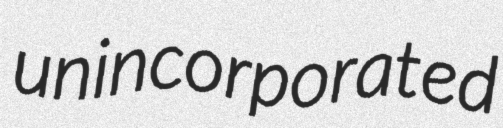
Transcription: unincorporated